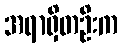
အရာရှိတဦးက